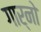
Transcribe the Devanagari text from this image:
गार्नो